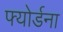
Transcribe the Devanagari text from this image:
फ्योर्डना